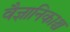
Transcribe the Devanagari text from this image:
वैज्ञानिकाश्च